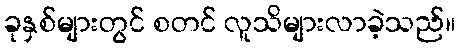
ခုနှစ်များတွင် စတင် လူသိများလာခဲ့သည်။